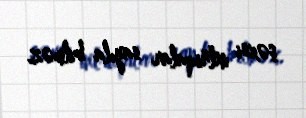
şəxsi intriqalar sayıla bilməz.